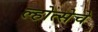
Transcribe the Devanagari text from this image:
ल्होत्सेचे